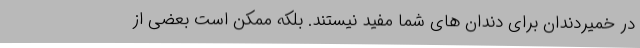
در خمیردندان برای دندان های شما مفید نیستند. بلکه ممکن است بعضی از